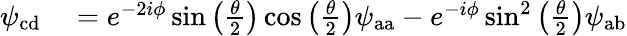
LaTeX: \begin{array}{rl}{\psi_{\mathrm{cd}}}&{{}=e^{-2i\phi}\sin\left(\frac{\theta}{2}\right)\cos\left(\frac{\theta}{2}\right)\psi_{\mathrm{aa}}-e^{-i\phi}\sin^{2}\left(\frac{\theta}{2}\right)\psi_{\mathrm{ab}}}\end{array}